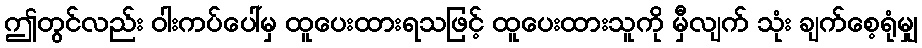
ဤတွင်လည်း ဝါးကပ်ပေါ်မှ ထူပေးထားရသဖြင့် ထူပေးထားသူကို မှီလျက် သုံး ချက်စေ့ရုံမျှ